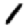
Digit: 1